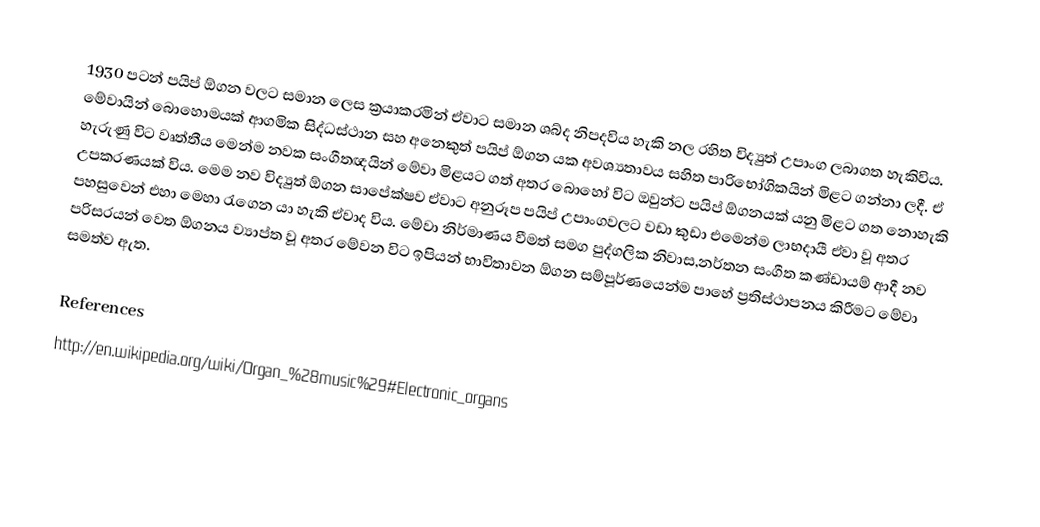
1930 පටන් පයිප් ඕගන වලට සමාන ලෙස ක්‍රයාකරමින් ඒවාට සමාන ශබ්ද නිපදවිය හැකි නල රහිත විද්‍යුත් උපාංග ලබාගත හැකිවිය. මේවායින් බොහොමයක් ආගමික සිද්ධස්ථාන සහ අනෙකුත් පයිප් ඕගන යක අවශ්‍යතාවය සහිත පාරිභෝගිකයින් මිළට ගන්නා ලදී. ඒ හැරුණු විට වෘත්තීය මෙන්ම නවක සංගීතඥයින් මේවා මිළයට ගත් අතර බොහෝ විට ඔවුන්ට පයිප් ඕගනයක් යනු මිළට ගත නොහැකි උපකරණයක් විය. මෙම නව විද්‍යුත් ඕගන සාපේක්ෂව ඒවාට අනුරූප පයිප් උපාංගවලට වඩා කුඩා එමෙන්ම ලාභදායී ඒවා වූ අතර පහසුවෙන් එහා මෙහා රැගෙන යා හැකි ඒවාද විය. මේවා නිර්මාණය වීමත් සමග පුද්ගලික නිවාස,නර්තන සංගීත කණ්ඩායම් ආදී නව පරිසරයන් වෙත ඕගනය ව්‍යාප්ත වූ අතර මේවන විට ඉපියන් භාවිතාවන ඕගන සම්පූර්ණයෙන්ම පාහේ ප්‍රතිස්ථාපනය කිරීමට මේවා සමත්ව ඇත.

References
http://en.wikipedia.org/wiki/Organ_%28music%29#Electronic_organs